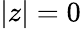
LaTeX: |z|=0